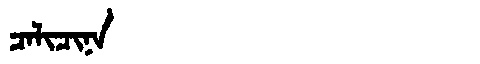
Manchu: ᠴᠠᠯᡳᠴᡳᠨᠠ
Romanization: CALICINA